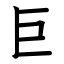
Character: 巨